Report of the Indian Hemp Drugs Commission, 1894-1895 - Volume I
Year: 1894
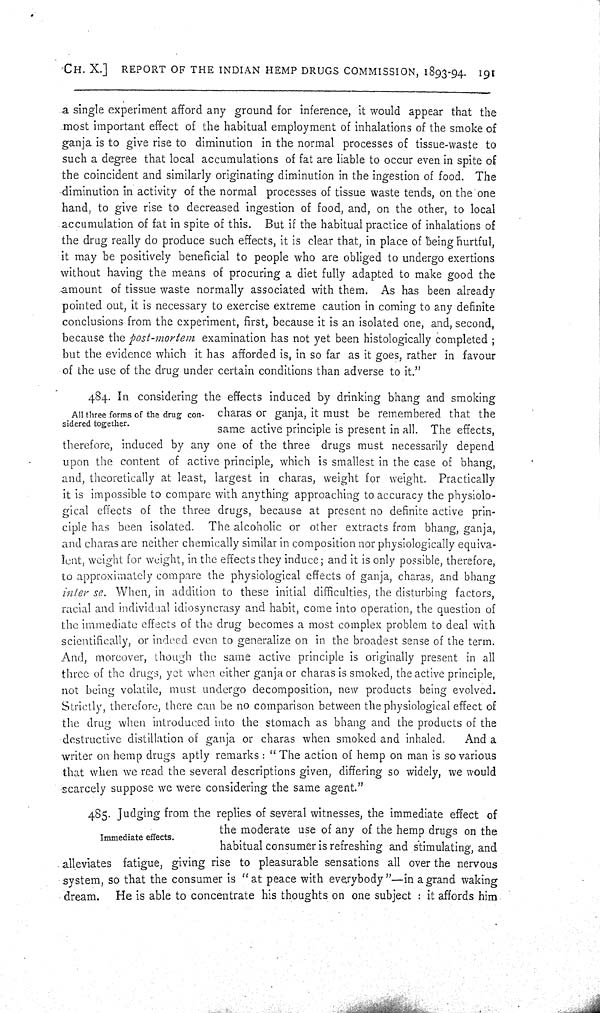
CH. X.] REPORT OF THE INDIAN HEMP DRUGS COMMISSION, 1893-94. 191
a single experiment afford any ground for inference, it would appear that the
most important effect of the habitual employment of inhalations of the smoke of
ganja is to give rise to diminution in the normal processes of tissue-waste to
such a degree that local accumulations of fat are liable to occur even in spite of
the coincident and similarly originating diminution in the ingestion of food. The
diminution in activity of the normal processes of tissue waste tends, on the one
hand, to give rise to decreased ingestion of food, and, on the other, to local
accumulation of fat in spite of this. But if the habitual practice of inhalations of
the drug really do produce such effects, it is clear that, in place of being hurtful,
it may be positively beneficial to people who are obliged to undergo exertions
without having the means of procuring a diet fully adapted to make good the
amount of tissue waste normally associated with them. As has been already
pointed out, it is necessary to exercise extreme caution in coming to any definite
conclusions from the experiment, first, because it is an isolated one, and, second,
because the post-mortem examination has not yet been histologically completed;
but the evidence which it has afforded is, in so far as it goes, rather in favour
of the use of the drug under certain conditions than adverse to it."
All three forms of the drug con-
sidered together.
484. In considering the effects induced by drinking bhang and smoking
charas or ganja, it must be remembered that the
same active principle is present in all. The effects,
therefore, induced by any one of the three drugs must necessarily depend
upon the content of active principle, which is smallest in the case of bhang,
and, theoretically at least, largest in charas, weight for weight. Practically
it is impossible to compare with anything approaching to accuracy the physiolo-
gical effects of the three drugs, because at present no definite active prin-
ciple has been isolated. The alcoholic or other extracts from bhang, ganja,
and charas are neither chemically similar in composition nor physiologically equiva-
lent, weight for weight, in the effects they induce; and it is only possible, therefore,
to approximately compare the physiological effects of ganja, charas, and bhang
inter se. When, in addition to these initial difficulties, the disturbing factors,
racial and individual idiosyncrasy and habit, come into operation, the question of
the immediate effects of the drug becomes a most complex problem to deal with
scientifically, or indeed even to generalize on in the broadest sense of the term.
And, moreover, though the same active principle is originally present in all
three of the drugs, yet when either ganja or charas is smoked, the active principle,
not being volatile, must undergo decomposition, new products being evolved.
Strictly, therefore, there can be no comparison between the physiological effect of
the drug when introduced into the stomach as bhang and the products of the
destructive distillation of ganja or charas when smoked and inhaled. And a
writer on hemp drugs aptly remarks: "The action of hemp on man is so various
that when we read the several descriptions given, differing so widely, we would
scarcely suppose we were considering the same agent."
Immediate effects.
485. Judging from the replies of several witnesses, the immediate effect of
the moderate use of any of the hemp drugs on the
habitual consumer is refreshing and stimulating, and
alleviates fatigue, giving rise to pleasurable sensations all over the nervous
system, so that the consumer is "at peace with everybody"—in a grand waking
dream. He is able to concentrate his thoughts on one subject: it affords him